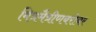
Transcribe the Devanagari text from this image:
मित्रमैत्रीणबरोबर